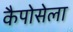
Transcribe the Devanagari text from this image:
कैपोसेला